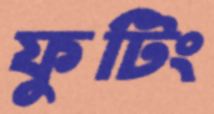
ফুটিং